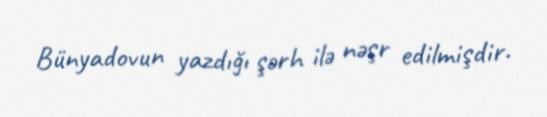
Bünyadovun yazdığı şərh ilə nəşr edilmişdir.